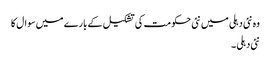
وہ نئی دہلی میں نئی حکومت کی تشکیل کے بارے میں سوال کا
نئی دہلی ۔